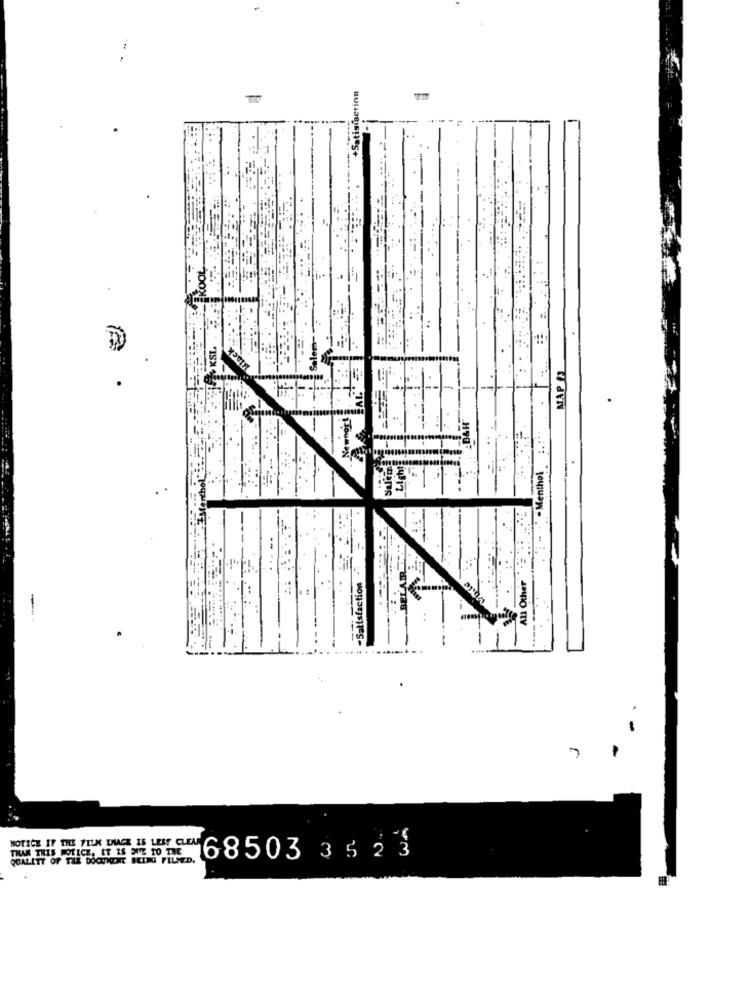
tisiaction
Klach
MAP 41
:B&H
-Menthol 2 ....
Salem
Light
All Other
7
TAAS THIS POLICE, IT IS ONE TO THE
QUALITY OF THE DOCHENT BEING FILSED.
68503 3523